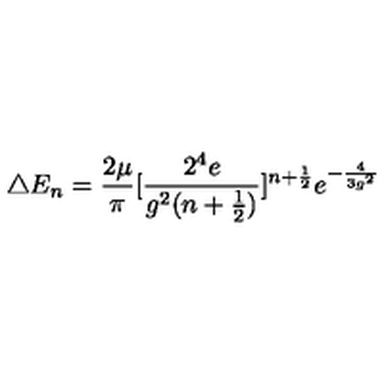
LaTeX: \triangle E _ { n } = \frac { 2 \mu } { \pi } [ \frac { 2 ^ { 4 } e } { g ^ { 2 } ( n + \frac { 1 } { 2 } ) } ] ^ { n + \frac { 1 } { 2 } } e ^ { - \frac { 4 } { 3 g ^ { 2 } } }